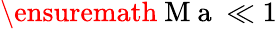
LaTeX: \ensuremath{\mathrm{~M~a~}}\ll 1